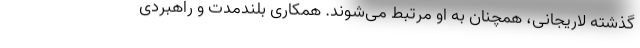
گذشته لاریجانی، همچنان به او مرتبط می‌شوند. همکاری بلندمدت و راهبردی